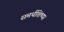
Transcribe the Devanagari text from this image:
समर्थशिष्या